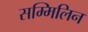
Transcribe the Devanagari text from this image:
सम्मिलिन